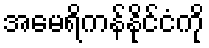
အမေရိကန်နိုင်ငံကို